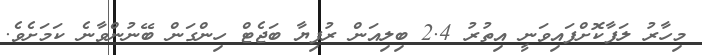
މިހާރު ލަފާކޮށްފައިވަނީ އިތުރު 2.4 ބިލިއަން ރުފިޔާ ބަޖެޓް ހިންގަން ބޭނުންވާނެ ކަމަށެވެ.